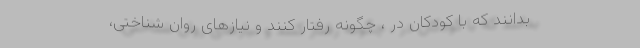
بدانند که با کودکان در ، چگونه رفتار کنند و نیازهای روان شناختی،